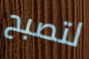
لتصبح